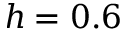
h = 0 . 6